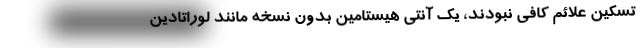
تسکین علائم کافی نبودند، یک آنتی هیستامین بدون نسخه مانند لوراتادین